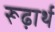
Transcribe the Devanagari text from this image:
रूढ़ार्थ